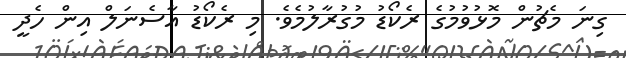
ގިނަ މެޗުން މޮޅުވުމުގެ ރެކޯޑު މުގުރާލުމެވެ. މި ރެކޯޑު އާސެނަލް އިން ހެދީ